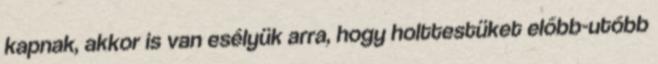
kapnak, akkor is van esélyük arra, hogy holttestüket előbb-utóbb